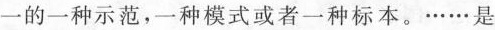
一的一种示范，一种模式或者一种标本。……是